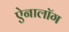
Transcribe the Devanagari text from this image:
ऐनालॉग